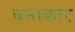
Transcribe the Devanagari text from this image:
बनाकार